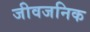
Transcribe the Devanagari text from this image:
जीवजनिक